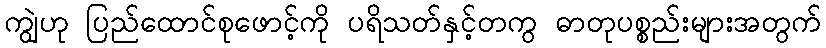
ကျွဲဟု ပြည်ထောင်စုဖောင့်ကို ပရိသတ်နှင့်တကွ ဓာတုပစ္စည်းများအတွက်